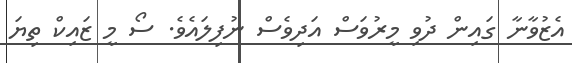
އެޒުވާނާ ގައިން ދުވި މީރުވަސް އަދިވެސް ނުފިލައެވެ. ސޯ މީ ޒައިކް ތިޔަ